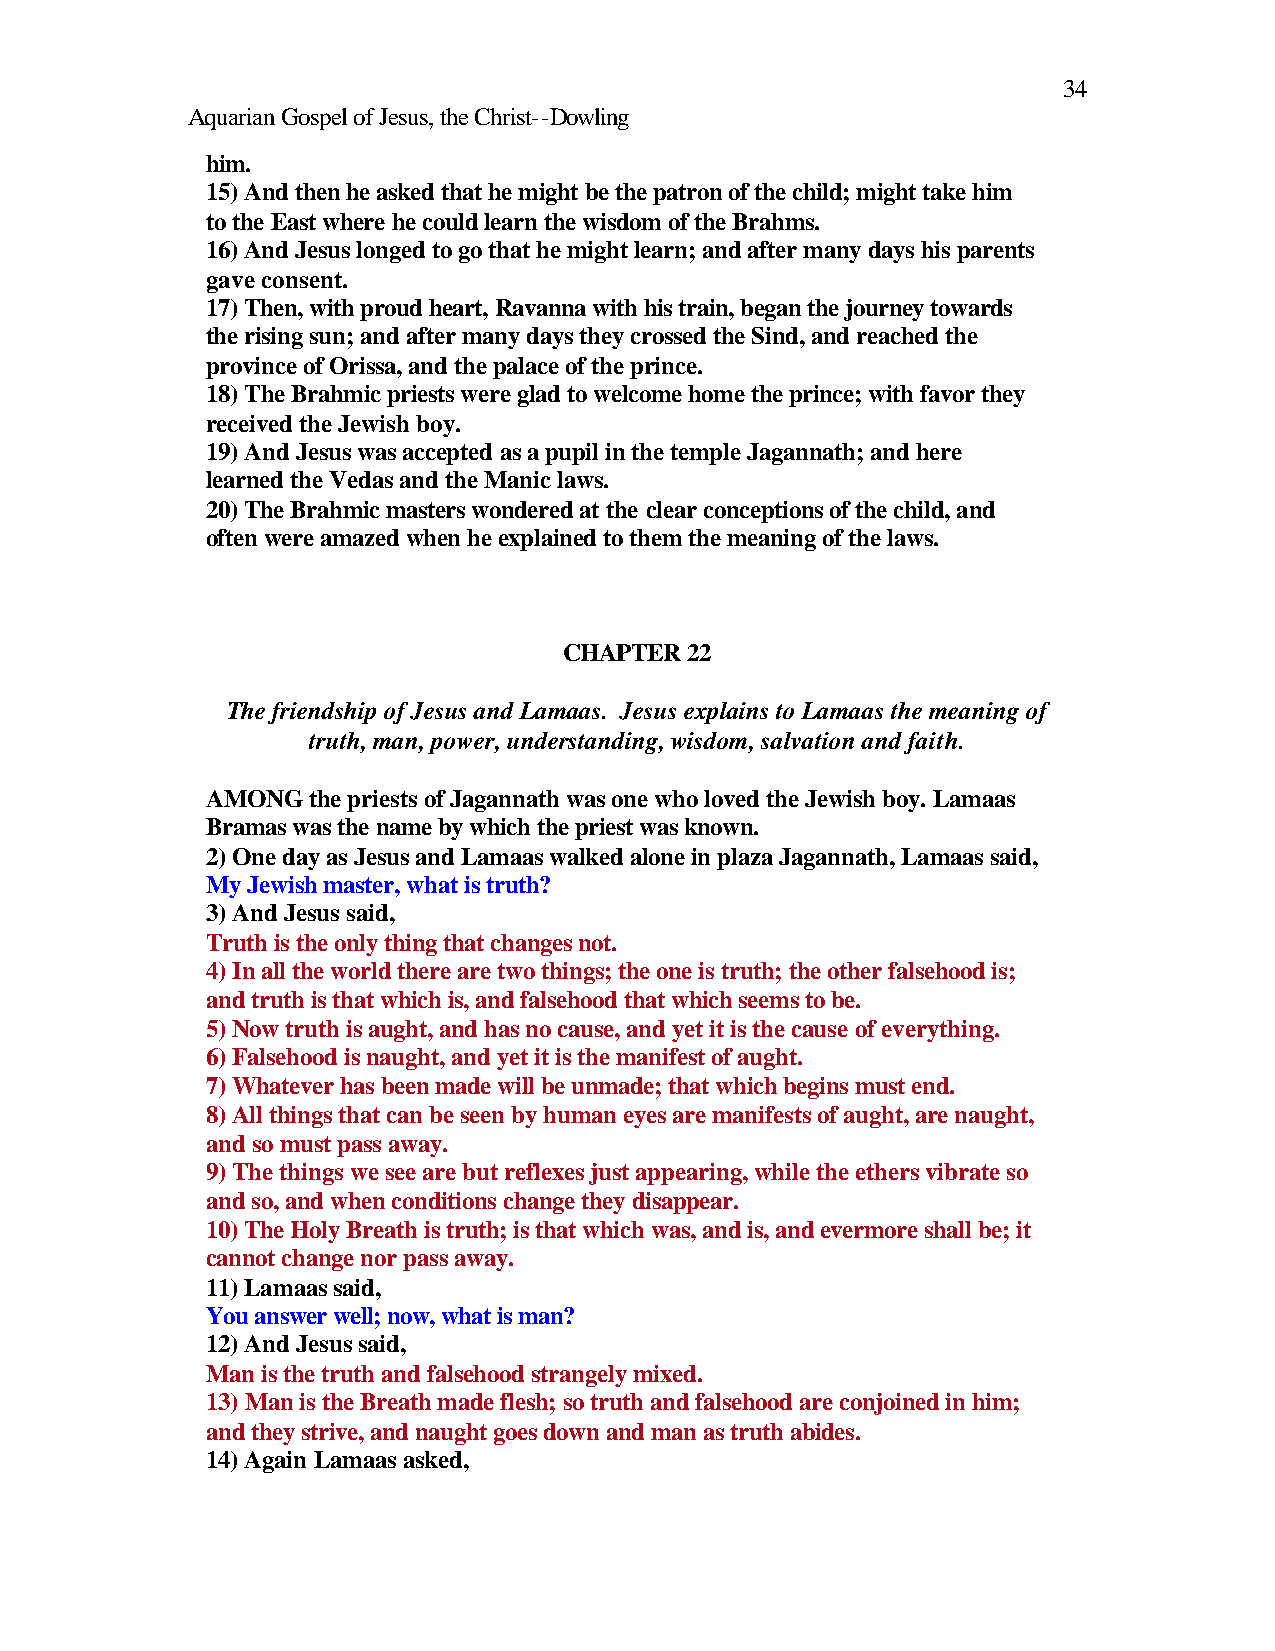
34
 Aquarian Gospel of Jesus, the Christ--Dowling
 him.
 15) And then he asked that he might be the patron of the child; might take him
 to the East where he could learn the wisdom of the Brahms.
 16) And Jesus longed to go that he might learn; and after many days his parents
 gave consent.
 17) Then, with proud heart, Ravanna with his train, began the journey towards
 the rising sun; and after many days they crossed the Sind, and reached the
 province of Orissa, and the palace of the prince.
 18) The Brahmic priests were glad to welcome home the prince; with favor they
 received the Jewish boy.
 19) And Jesus was accepted as a pupil in the temple Jagannath; and here
 learned the Vedas and the Manic laws.
 20) The Brahmic masters wondered at the clear conceptions of the child, and
 often were amazed when he explained to them the meaning of the laws.
 CHAPTER 22
 The friendship of Jesus and Lamaas. Jesus explains to Lamaas the meaning of
 truth, man, power, understanding, wisdom, salvation and faith.
 AMONG  the priests of Jagannath was one who loved the Jewish boy. Lamaas
 Bramas was the name by which the priest was known.
 2) One day as Jesus and Lamaas walked alone in plaza Jagannath, Lamaas said,
 My Jewish master, what is truth?
 3) And Jesus said,
 Truth is the only thing that changes not.
 4) In all the world there are two things; the one is truth; the other falsehood is;
 and truth is that which is, and falsehood that which seems to be.
 5) Now truth is aught, and has no cause, and yet it is the cause of everything.
 6) Falsehood is naught, and yet it is the manifest of aught.
 7) Whatever has been made will be unmade; that which begins must end.
 8) All things that can be seen by human eyes are manifests of aught, are naught,
 and so must pass away.
 9) The things we see are but reflexes just appearing, while the ethers vibrate so
 and so, and when conditions change they disappear.
 10) The Holy Breath is truth; is that which was, and is, and evermore shall be; it
 cannot change nor pass away.
 11) Lamaas said,
 You answer well; now, what is man?
 12) And Jesus said,
 Man is the truth and falsehood strangely mixed.
 13) Man is the Breath made flesh; so truth and falsehood are conjoined in him;
 and they strive, and naught goes down and man as truth abides.
 14) Again Lamaas asked,